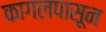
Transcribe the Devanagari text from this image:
कागलपासून